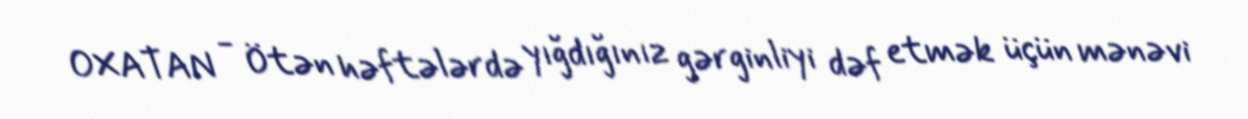
OXATAN - Ötən həftələrdə yığdığınız gərginliyi dəf etmək üçün mənəvi